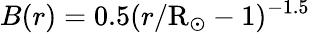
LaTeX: B(r)=0.5(r/\mathrm{R}_{\odot}-1)^{-1.5}